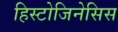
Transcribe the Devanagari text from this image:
हिस्टोजिनेसिस